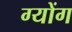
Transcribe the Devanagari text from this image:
ग्योंग